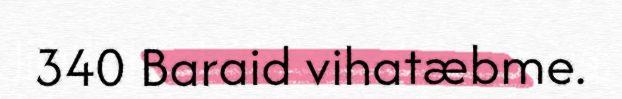
340 Baraid vihatæbme.